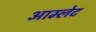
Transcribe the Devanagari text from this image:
आम्‍लेट